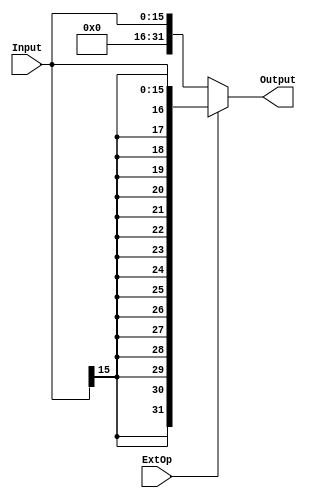
// 16{1'b1}---{16{1'b1}}
// 
// always
`timescale 1ns / 1ps
module EXT(ExtOp, Input, Output);
	 input ExtOp;
    input [15:0] Input;
    output reg signed [31:0] Output;
	 
	 always @(*)begin
		if(ExtOp)begin
			Output = {{16{Input[15]}}, Input[15:0]};
		end
		else begin
			Output = {{16{1'b0}}, Input[15:0]};
		end
	 end

endmodule